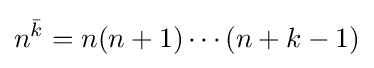
n^{\bar {k}}=n(n+1)\cdots (n+k-1)